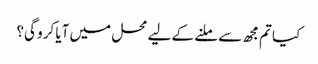
کیا تم مجھ سے ملنے کے لیے محل میں آیا کرو گی؟